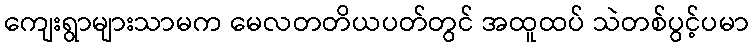
ကျေးရွာများသာမက မေလတတိယပတ်တွင် အထူထပ် သဲတစ်ပွင့်ပမာ